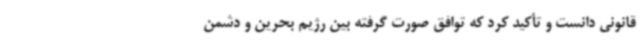
قانونی دانست و تأکید کرد که توافق صورت گرفته بین رژیم بحرین و دشمن